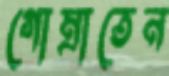
গোম্‌রাতেন